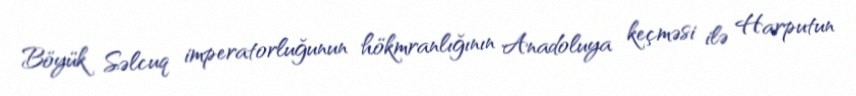
Böyük Səlcuq imperatorluğunun hökmranlığının Anadoluya keçməsi ilə Harputun